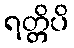
ရတ္တိပိ